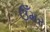
ઉઁમર